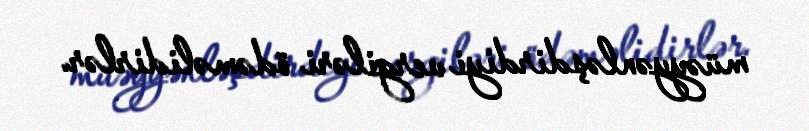
müəyyənləşdirdiyi vergiləri ödəməlidirlər.